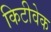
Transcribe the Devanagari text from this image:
किटीवेक